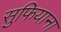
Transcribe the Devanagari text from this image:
सुफियाना